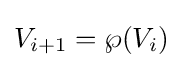
V_{i+1}=\wp (V_{i})